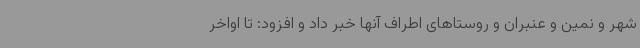
شهر و نمین و عنبران و روستاهای اطراف آنها خبر داد و افزود: تا اواخر